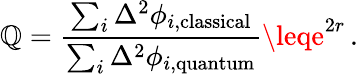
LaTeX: \mathbb{Q}=\frac{{\sum_{i}\Delta^{2}\phi_{i,\mathrm{{classical}}}}}{{\sum_{i}\Delta^{2}\phi_{i,\mathrm{{quantum}}}}}\leqe^{2r}\, .